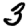
Digit: 3